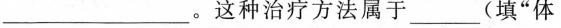
___。这种治疗方法属于(填”体